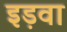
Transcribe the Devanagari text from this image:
इड़वा